Report of the Indian Hemp Drugs Commission, 1894-1895 - Volume I
Year: 1894
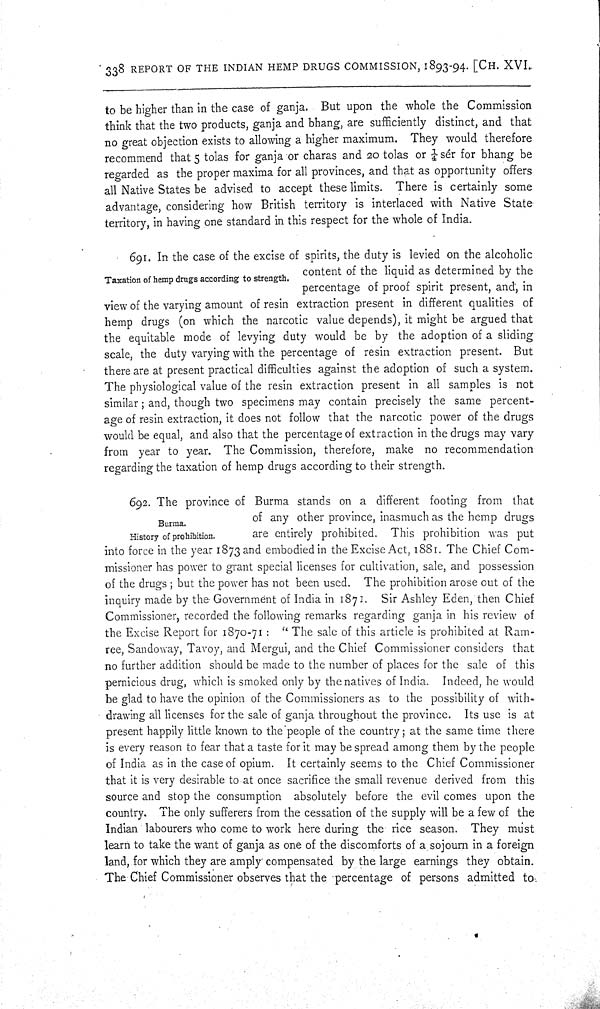
338 REPORT OF THE INDIAN HEMP DRUGS COMMISSION, 1893-94. [CH. XVI.
to be higher than in the case of ganja. But upon the whole the Commission
think that the two products, ganja and bhang, are sufficiently distinct, and that
no great objection exists to allowing a higher maximum. They would therefore
recommend that 5 tolas for ganja or charas and 20 tolas or 1/4 sér for bhang be
regarded as the proper maxima for all provinces, and that as opportunity offers
all Native States be advised to accept these limits. There is certainly some
advantage, considering how British territory is interlaced with Native State
territory, in having one standard in this respect for the whole of India.
Taxation of hemp drugs according to strength.
691. In the case of the excise of spirits, the duty is levied on the alcoholic
content of the liquid as determined by the
percentage of proof spirit present, and, in
view of the varying amount of resin extraction present in different qualities of
hemp drugs (on which the narcotic value depends), it might be argued that
the equitable mode of levying duty would be by the adoption of a sliding
scale, the duty varying with the percentage of resin extraction present. But
there are at present practical difficulties against the adoption of such a system.
The physiological value of the resin extraction present in all samples is not
similar; and, though two specimens may contain precisely the same percent-
age of resin extraction, it does not follow that the narcotic power of the drugs
would be equal, and also that the percentage of extraction in the drugs may vary
from year to year. The Commission, therefore, make no recommendation
regarding the taxation of hemp drugs according to their strength.
Burma.
History of prohibition.
692. The province of Burma stands on a different footing from that
of any other province, inasmuch as the hemp drugs
are entirely prohibited. This prohibition was put
into force in the year 1873 and embodied in the Excise Act, 1881. The Chief Com-
missioner has power to grant special licenses for cultivation, sale, and possession
of the drugs; but the power has not been used. The prohibition arose out of the
inquiry made by the Government of India in 1871. Sir Ashley Eden, then Chief
Commissioner, recorded the following remarks regarding ganja in his review of
the Excise Report for 1870-71: "The sale of this article is prohibited at Ram-
ree, Sandoway, Tavoy, and Mergui, and the Chief Commissioner considers that
no further addition should be made to the number of places for the sale of this
pernicious drug, which is smoked only by the natives of India. Indeed, he would
be glad to have the opinion of the Commissioners as to the possibility of with-
drawing all licenses for the sale of ganja throughout the province. Its use is at
present happily little known to the people of the country; at the same time there
is every reason to fear that a taste for it may be spread among them by the people
of India as in the case of opium. It certainly seems to the Chief Commissioner
that it is very desirable to at once sacrifice the small revenue derived from this
source and stop the consumption absolutely before the evil comes upon the
country. The only sufferers from the cessation of the supply will be a few of the
Indian labourers who come to work here during the rice season. They must
learn to take the want of ganja as one of the discomforts of a sojourn in a foreign
land, for which they are amply compensated by the large earnings they obtain.
The Chief Commissioner observes that the percentage of persons admitted to